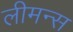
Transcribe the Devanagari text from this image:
लीमन्स